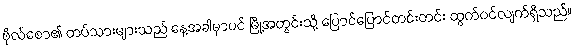
ဗိုလ်စော၏ တပ်သားများသည် နေ့အခါမှာပင် မြို့အတွင်းသို့ ပြောင်ပြောင်တင်းတင်း ထွက်ဝင်လျက်ရှိသည်။